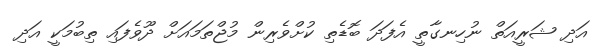
އަދި ޝަރީއަތް ނުހިނގާތީ އެފަދަ ބޮޑެތި ކުށްވެރިން މުޖްތަމައަށް ދޫވެފައި ތިބުމަކީ އަދި